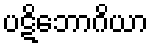
ပဋိဘောဂိယာ